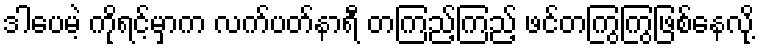
ဒါပေမဲ့ ကိုရင့်မှာက လက်ပတ်နာရီ တကြည့်ကြည့် ဖင်တကြွကြွဖြစ်နေလို့